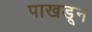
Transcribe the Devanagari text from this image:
पाखडून